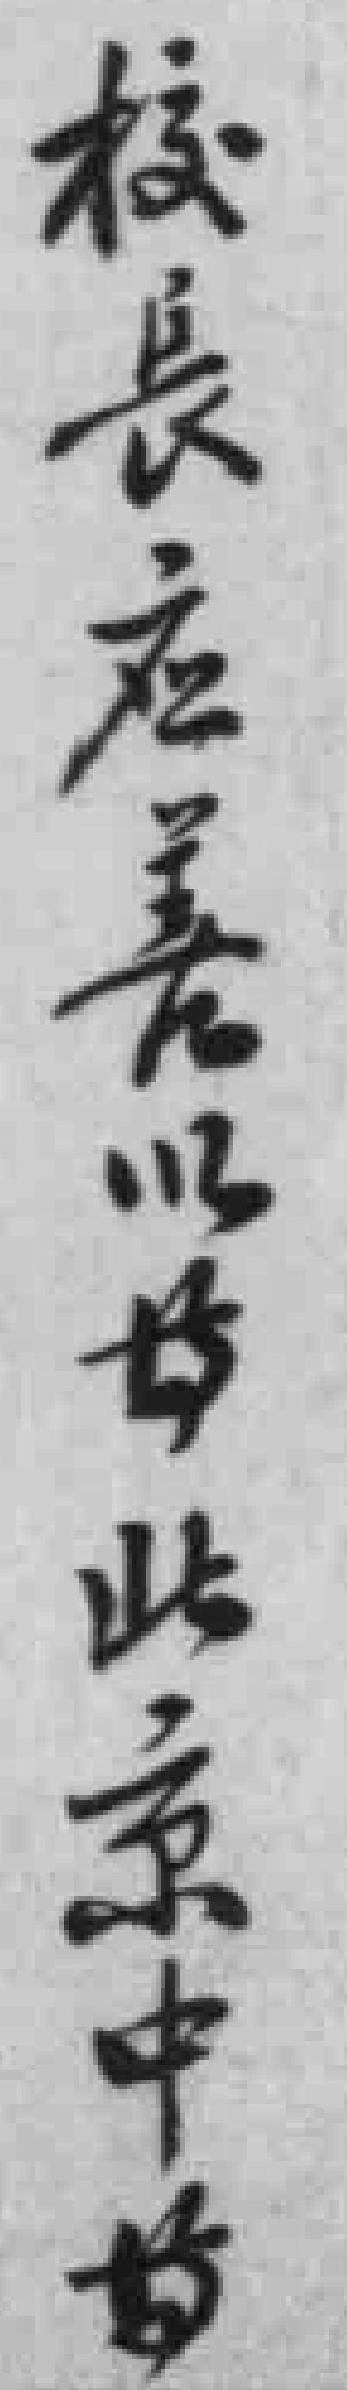
校長应善以*北京中*